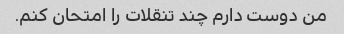
من دوست دارم چند تنقلات را امتحان کنم.